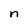
Character: n